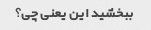
ببخشید این یعنی چی؟